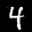
Label: 4